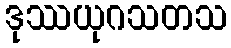
ဒုဿယုဂသတသ